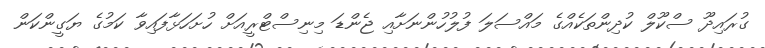
ގުރައިދޫ ސްކޫލް ކުދިންތަކެއްގެ މައްސަލަ ފުލުހުންނަށާއި ޖެންޑަ މިނިސްޓްރީއަށް ހުށަހަޅާފައިވާ ކަމުގެ ޔަގީންކަން